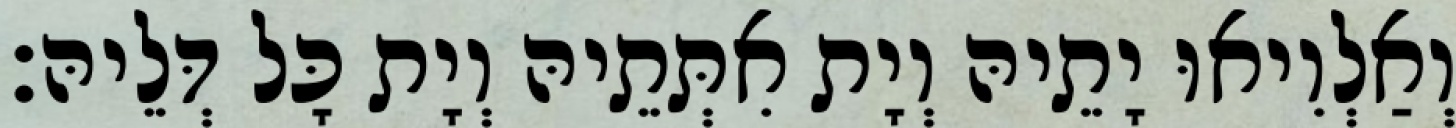
וְאַלְוִיאוּ יָתֵיהּ וְיָת אִתְּתֵיהּ וְיָת כָּל דְּלֵיהּ׃